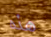
هذه